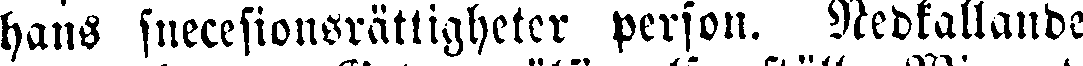
hans suecesionsrättigheter person. Nedkallande